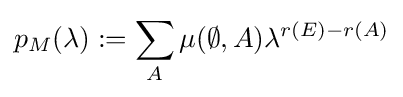
p_{M}(\lambda ):=\sum _{A}\mu (\emptyset ,A)\lambda ^{r(E)-r(A)}